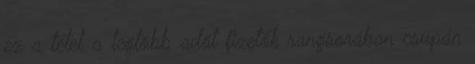
ez a tétel a legtöbb adót fizetők rangsorában csupán